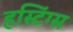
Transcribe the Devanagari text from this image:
हस्टिंग्स